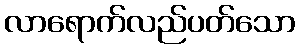
လာရောက်လည်ပတ်သော